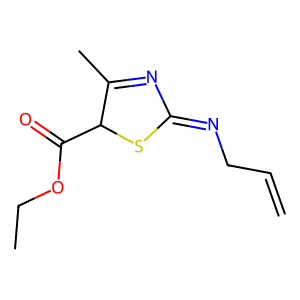
SMILES: C=CCN=C1N=C(C)C(C(=O)OCC)S1
Inhibits HIV replication: No